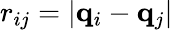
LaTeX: r_{ij}=|{\mathbf q}_{i}-{\mathbf q}_{j}|